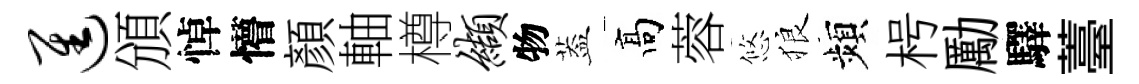
进頒悼懵顔軸樽缬物葢髙蓉悠狼頻枵勵驛薹